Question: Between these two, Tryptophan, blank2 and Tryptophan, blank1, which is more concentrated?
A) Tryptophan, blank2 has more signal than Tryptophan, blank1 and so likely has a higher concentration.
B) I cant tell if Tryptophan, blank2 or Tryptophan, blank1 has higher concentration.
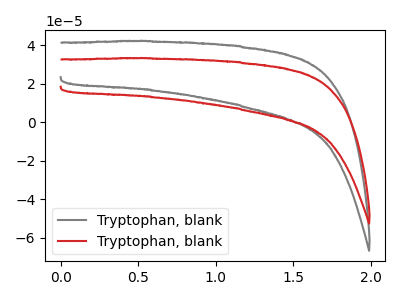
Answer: <think>The gray curve "Tryptophan, blank1" has no peaks. The red curve "Tryptophan, blank2" has no peaks.
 Neither "Tryptophan, blank2" or "Tryptophan, blank1" have any peaks.</think>
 <answer>B) I cant tell if "Tryptophan, blank2" or "Tryptophan, blank1" has higher concentration.</answer>
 <eval>B</eval>